Medical and sanitary report of the native army of Bengal for the year
Year: 1875
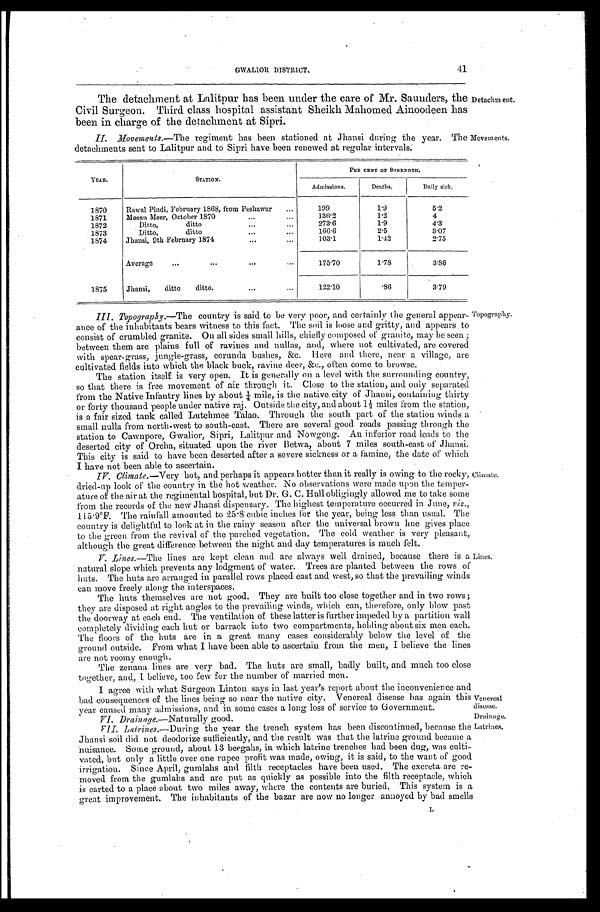
41
GWALIOR DISTRICT.
The detachment at Lalitpur has been under the care of Mr. Saunders, the
Civil Surgeon. Third class hospital assistant Sheikh Mahomed Ainoodeen has
been in charge of the detachment at Sipri.
II. Movements .—The regiment has been stationed at Jhansi during the year. The
detachments sent to Lalitpur and to Sipri have been renewed at regular intervals.
YEAR.
STATION.
PER CENT OF STRENGTH.
Admissions.
Deaths.
Daily sick.
1870
Rawal Pindi, February 1868, from Peshawar . . .
199
1.9
5.2
1871
Meean Meer, October 1870 . . .
136.2
1 . 2
4
1872
Ditto,ditto . . .
273.6
1.9
4.3
1873
Ditto,ditto . . .
166.6
2.5
3.07
1874
Jhansi, 9th February 1874 . . .
103.1
1.42
2.75
Average . . .
175.70
1.78
3.86
1875
Jhansi,dittoditto . . .
122.10
. 8 6
3.79
III. Topography .—The country is said to be very poor, and certainly the general appear-
- a n c e o f t h e i n h a b i t a n t s b e a r s w i t n e s s t o t h i s f a c t . T h e s o i l i s l o o s e a n d g r i t t y , a n d a p p e a r s t o
consist of crumbled granite. On all sides small hills, chiefly composed of granite, may be seen;
between them are plains full of ravines and nullas, and, where not cultivated, are covered
with spear grass, jungle-grass, corunda bushes, &c. Here and there, near a village, are
cultivated fields into which the black buck, ravine deer, &c., often come to browse.
The station itself is very open. It is generally on a level with the surrounding country,
so that there is free movement of air through it. Close to the station, and only separated
from the Native Infantry lines by about ¼ mile, is the native city of Jhansi, containing thirty
or forty thousand people under native raj. Outside the city, and about 1½ miles from the station,
is a fair sized tank called Lutchmee Talao. Through the south part of the station winds a
small nulla from north-west to south-east. There are several good roads passing through the
station to Cawnpore, Gwalior, Sipri, Lalitpur and Nowgong. An inferior road leads to the
deserted city of Orcha, situated upon the river Betwa, about 7 miles south-east of Jhansi.
This city is said to have been deserted after a severe sickness or a famine, the date of which
I have not been able to ascertain.
IV. Climate .—Very hot, and perhaps it appears hotter than it really is owing to the rocky,
dried-up look of the country in the hot weather. No observations were made upon the temper
-ature of the air at the regimental hospital, but Dr. G. C. Hall obligingly allowed me to take some
from the records of the new Jhansi dispensary. The highest temperature occurred in June, viz.,
115.9°F. The rainfall amounted to 25.8 cubic inches for the year, being less than usual. The
country is delightful to look at in the rainy season after the universal brown hue gives place
to the green from the revival of the parched vegetation. The cold weather is very pleasant,
although the great difference between the night and day temperatures is much felt.
Detachment.
Movements.
Topography.
Climate.
V. Lines .—The lines are kept clean and are always well drained, because there is a
natural slope which prevents any lodgment of water. Trees are planted between the rows of
huts. The huts are arranged in parallel rows placed east and west, so that the prevailing winds
can move freely along the interspaces.
The huts themselves are not good. They are built too close together and in two rows;
they are disposed at right angles to the prevailing winds, which can, therefore, only blow past
the doorway at each end. The ventilation of these latter is further impeded by a partition wall
completely dividing each hut or barrack into two compartments, holding about six men each.
The floors of the huts are in a great many cases considerably below the level of the
ground outside. From what I have been able to ascertain from the men, I believe the lines
are not roomy enough.
The zenana lines are very bad. The huts are small, badly built, and much too close
together, and, I believe, too few for the number of married men.
I agree with what Surgeon Linton says in last year's report about the inconvenience and
bad consequences of the lines being so near the native city. Venereal disease has again this
year caused many admissions, and in some cases a long loss of' service to Government.
VI. Drainage .—Naturally good.
Lines.
Venereal
disease.
Drainage.
VII. Latrines .—During the year the trench system has been discontinued, because the
Jhansi soil did not deodorize sufficiently, and the result was that the latrine ground became a
nuisance. Some ground, about 13 beegahs, in which latrine trenches had been dug, was culti
-vated, but only a little over one rupee profit was made, owing, it is said, to the want of good
irrigation. Since April, gumlahs and filth receptacles have been used. The excreta are re
-moved from the gumlahs and are put as quickly as possible into the filth receptacle, which
is carted to a place about two miles away, where the contents are buried. This system is a
great improvement. The inhabitants of the bazar are now no longer annoyed by bad smells
Latrines.